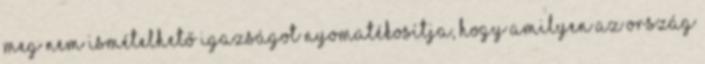
meg nem ismételhető igazságot nyomatékosítja, hogy amilyen az ország